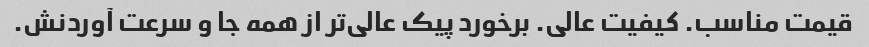
قیمت مناسب. کیفیت عالی. برخورد پیک عالی‌تر از همه جا و سرعت آوردنش.